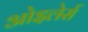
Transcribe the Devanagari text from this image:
ओइलेर्स